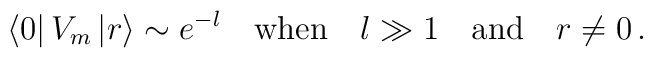
\left\langle 0\right| V_{m}\left| r\right\rangle \sim e^{-l}\quad \mathrm{when}\quad l\gg 1\quad \mathrm{and}\quad r\neq 0\, .